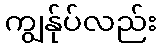
ကျွန်ုပ်လည်း